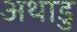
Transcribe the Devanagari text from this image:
अथाडु